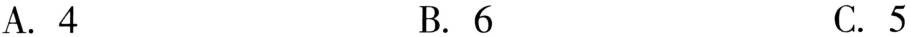
A.4 B.6 C.5